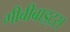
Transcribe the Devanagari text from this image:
गीबीबाइट्स